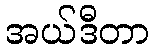
အယ်ဒီတာ